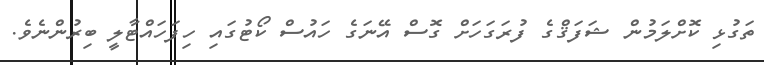
ތަގުޅި ކޮށްލަމުން ޝަފަޤްގެ ފުރަގަހަށް ގޮސް އޭނަގެ ހައުސް ކޯޓުގައި ހިފަހައްޓާލީ ބިރުންނެވެ.